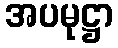
အပမုဋ္ဌာ